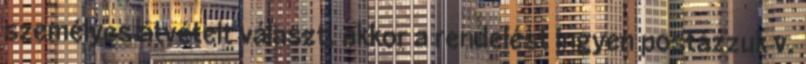
személyes átvételt választ, akkor a rendelést ingyen postázzuk v.